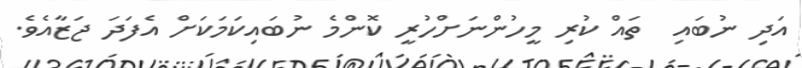
އަދި ނުބައި  ތައް ކުރި މީހުންނަށްހުރީ ކޮންމެ ނުބައިކަމަކަށް އެފަދަ ޖަޒާއެވެ.